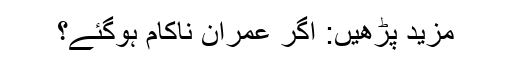
مزید پڑھیں: اگر عمران ناکام ہوگئے؟